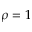
\rho = 1